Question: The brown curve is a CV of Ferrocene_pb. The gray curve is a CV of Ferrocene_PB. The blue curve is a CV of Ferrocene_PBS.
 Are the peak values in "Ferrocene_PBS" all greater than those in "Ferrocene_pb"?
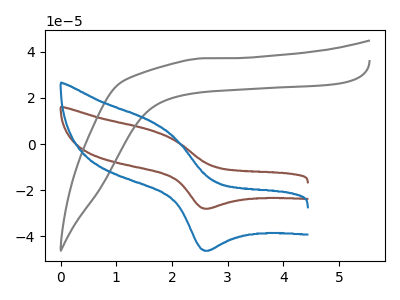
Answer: <think>The brown curve "Ferrocene_pb" has an anodic peak at (1.65V, 5.80uA) and a cathodic peak at (2.60V, -28.15uA). The gray curve "Ferrocene_PB" has no peaks. The blue curve "Ferrocene_PBS" has an anodic peak at (1.65V, 9.60uA) and a cathodic peak at (2.60V, -46.40uA).</think>
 <answer>Every peak in "Ferrocene_PBS" is higher than every peak in "Ferrocene_pb".</answer>
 <eval>higher</eval>